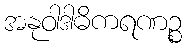
အနုဝါဒါဓိကရဏဉ္စ